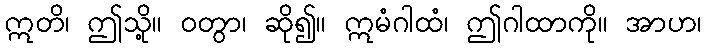
ဣတိ၊ ဤသို့။ ဝတွာ၊ ဆို၍။ ဣမံဂါထံ၊ ဤဂါထာကို။ အာဟ၊